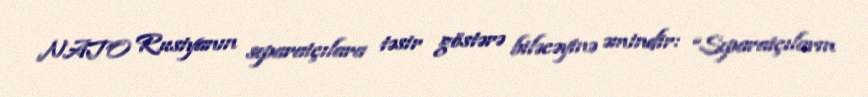
NATO Rusiyanın separatçılara təsir göstərə biləcəyinə əmindir: “Separatçıların